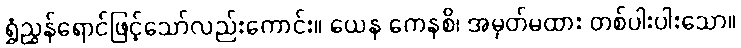
ရွှံညွှန်ရောင်ဖြင့်သော်လည်းကောင်း။ ယေန ကေနစိ၊ အမှတ်မထား တစ်ပါးပါးသော။